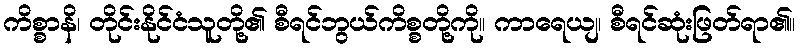
ကိစ္စာနိ၊ တိုင်းနိုင်ငံသူတို့၏ စီရင်ဘွယ်ကိစ္စတို့ကို။ ကာရေယျ၊ စီရင်ဆုံးဖြတ်ရာ၏။